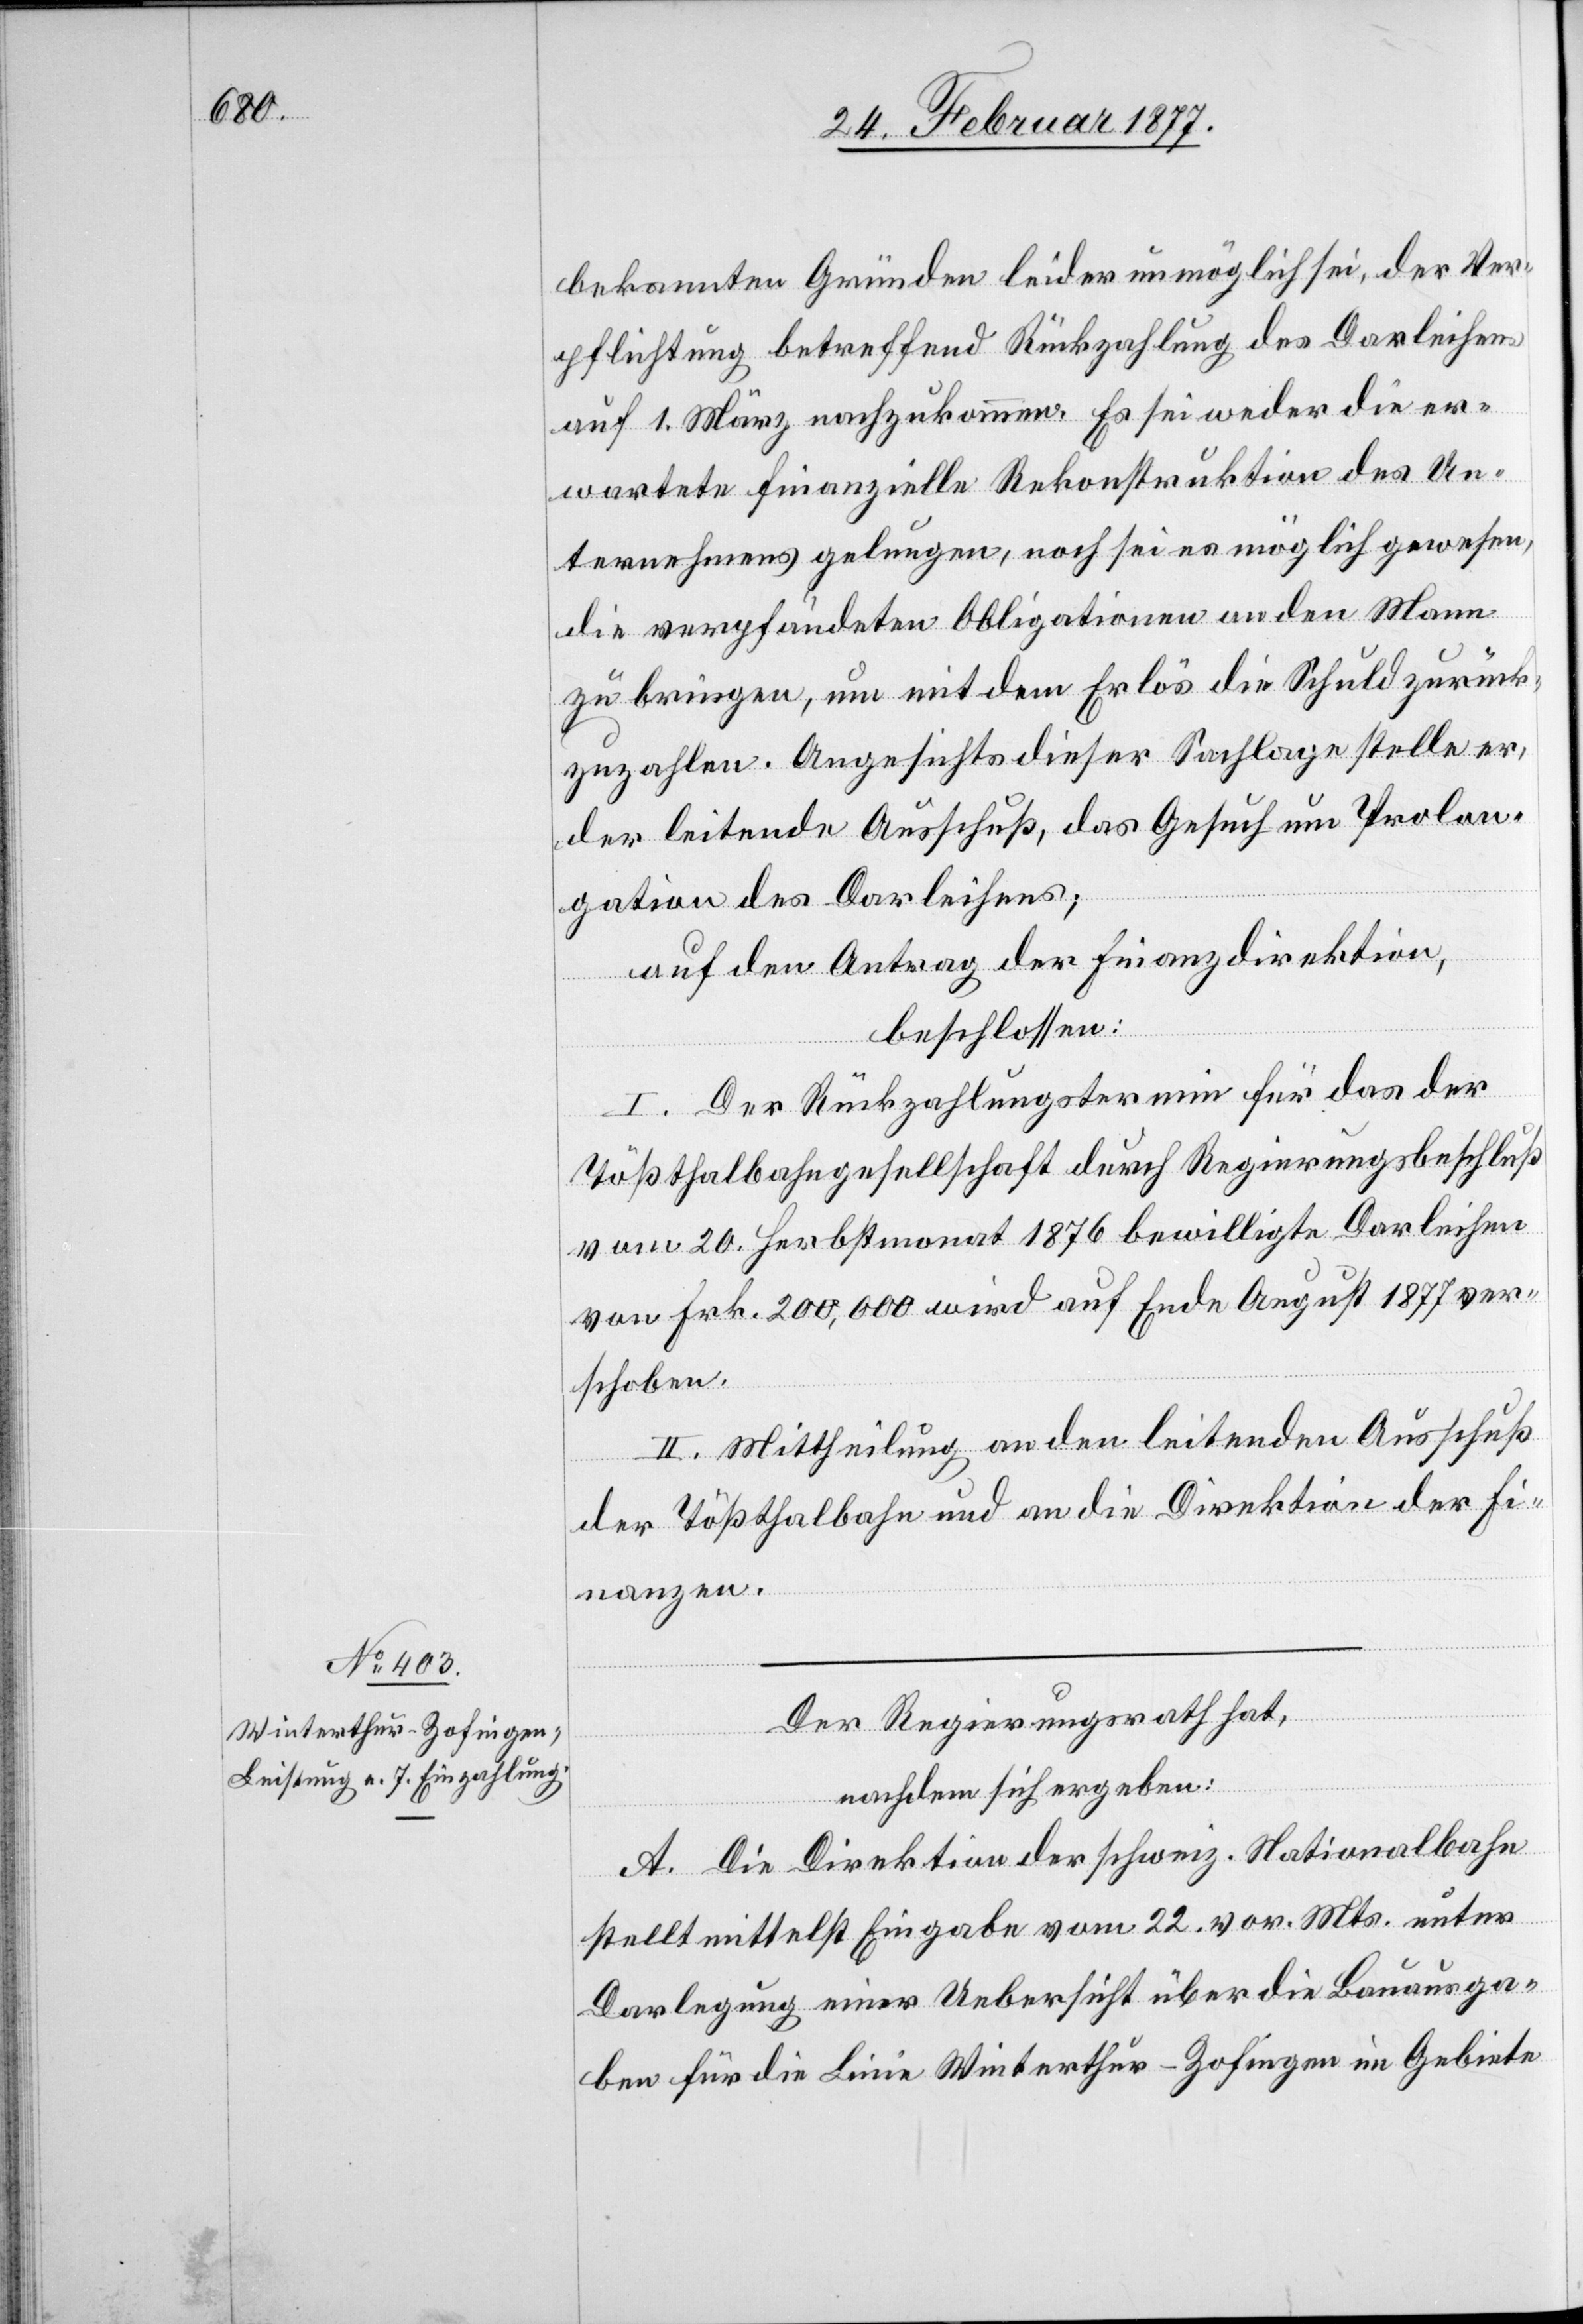
bekannten Gründen leider unmöglich sei, der Ver¬
pflichtung betreffend Rückzahlung des Darleihens
auf 1. März nachzukommen. Es sei weder die er¬
wartete finanzielle Rekonstruktion des Un¬
ternehmens gelungen, noch sei es möglich gewesen,
die verpfändeten Obligationen an den Mann
zu bringen, um mit dem Erlös die Schuld zurück¬
zuzahlen. Angesichts dieser Sachlage stelle er,
der leitende Ausschuß, das Gesuch um Prolon¬
gation des Darleihens;
auf den Antrag der Finanzdirektion,
beschlossen:
I. Der Rückzahlungstermin für das der
Tößthalbahngesellschaft durch Regierungsbeschluß
vom 20. Herbstmonat 1876 bewilligte Darleihen
von Frk. 200,000 wird auf Ende August 1877 ver¬
schoben.
II. Mittheilung an den leitenden Ausschuß
der Tößthalbahn und an die Direktion der Fi¬
nanzen.
Der Regierungsrath hat,
nachdem sich ergeben:
A. Die Direktion der schweiz. Nationalbahn
stellt mittelst Eingabe vom 22. vor. Mts. unter
Darlegung einer Uebersicht über die Bauausga¬
ben für die Linie Winterthur–Zofingen im Gebiete